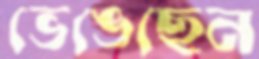
ভেঙেছেন